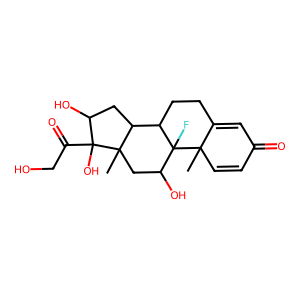
SMILES: CC12C=CC(=O)C=C1CCC1C3CC(O)C(O)(C(=O)CO)C3(C)CC(O)C12F
Inhibits HIV replication: No